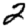
Digit: 2